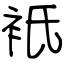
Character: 衹